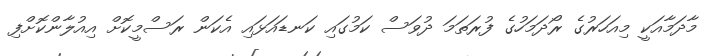
މާދަމާއަކީ މިއަހަރުގެ ރޯދަމަހުގެ ފުރަތަމަ ދުވަސް ކަމުގައި ކަނޑައަޅައި އެކަން ރަސްމީކޮށް އިއުލާންކޮށްފި